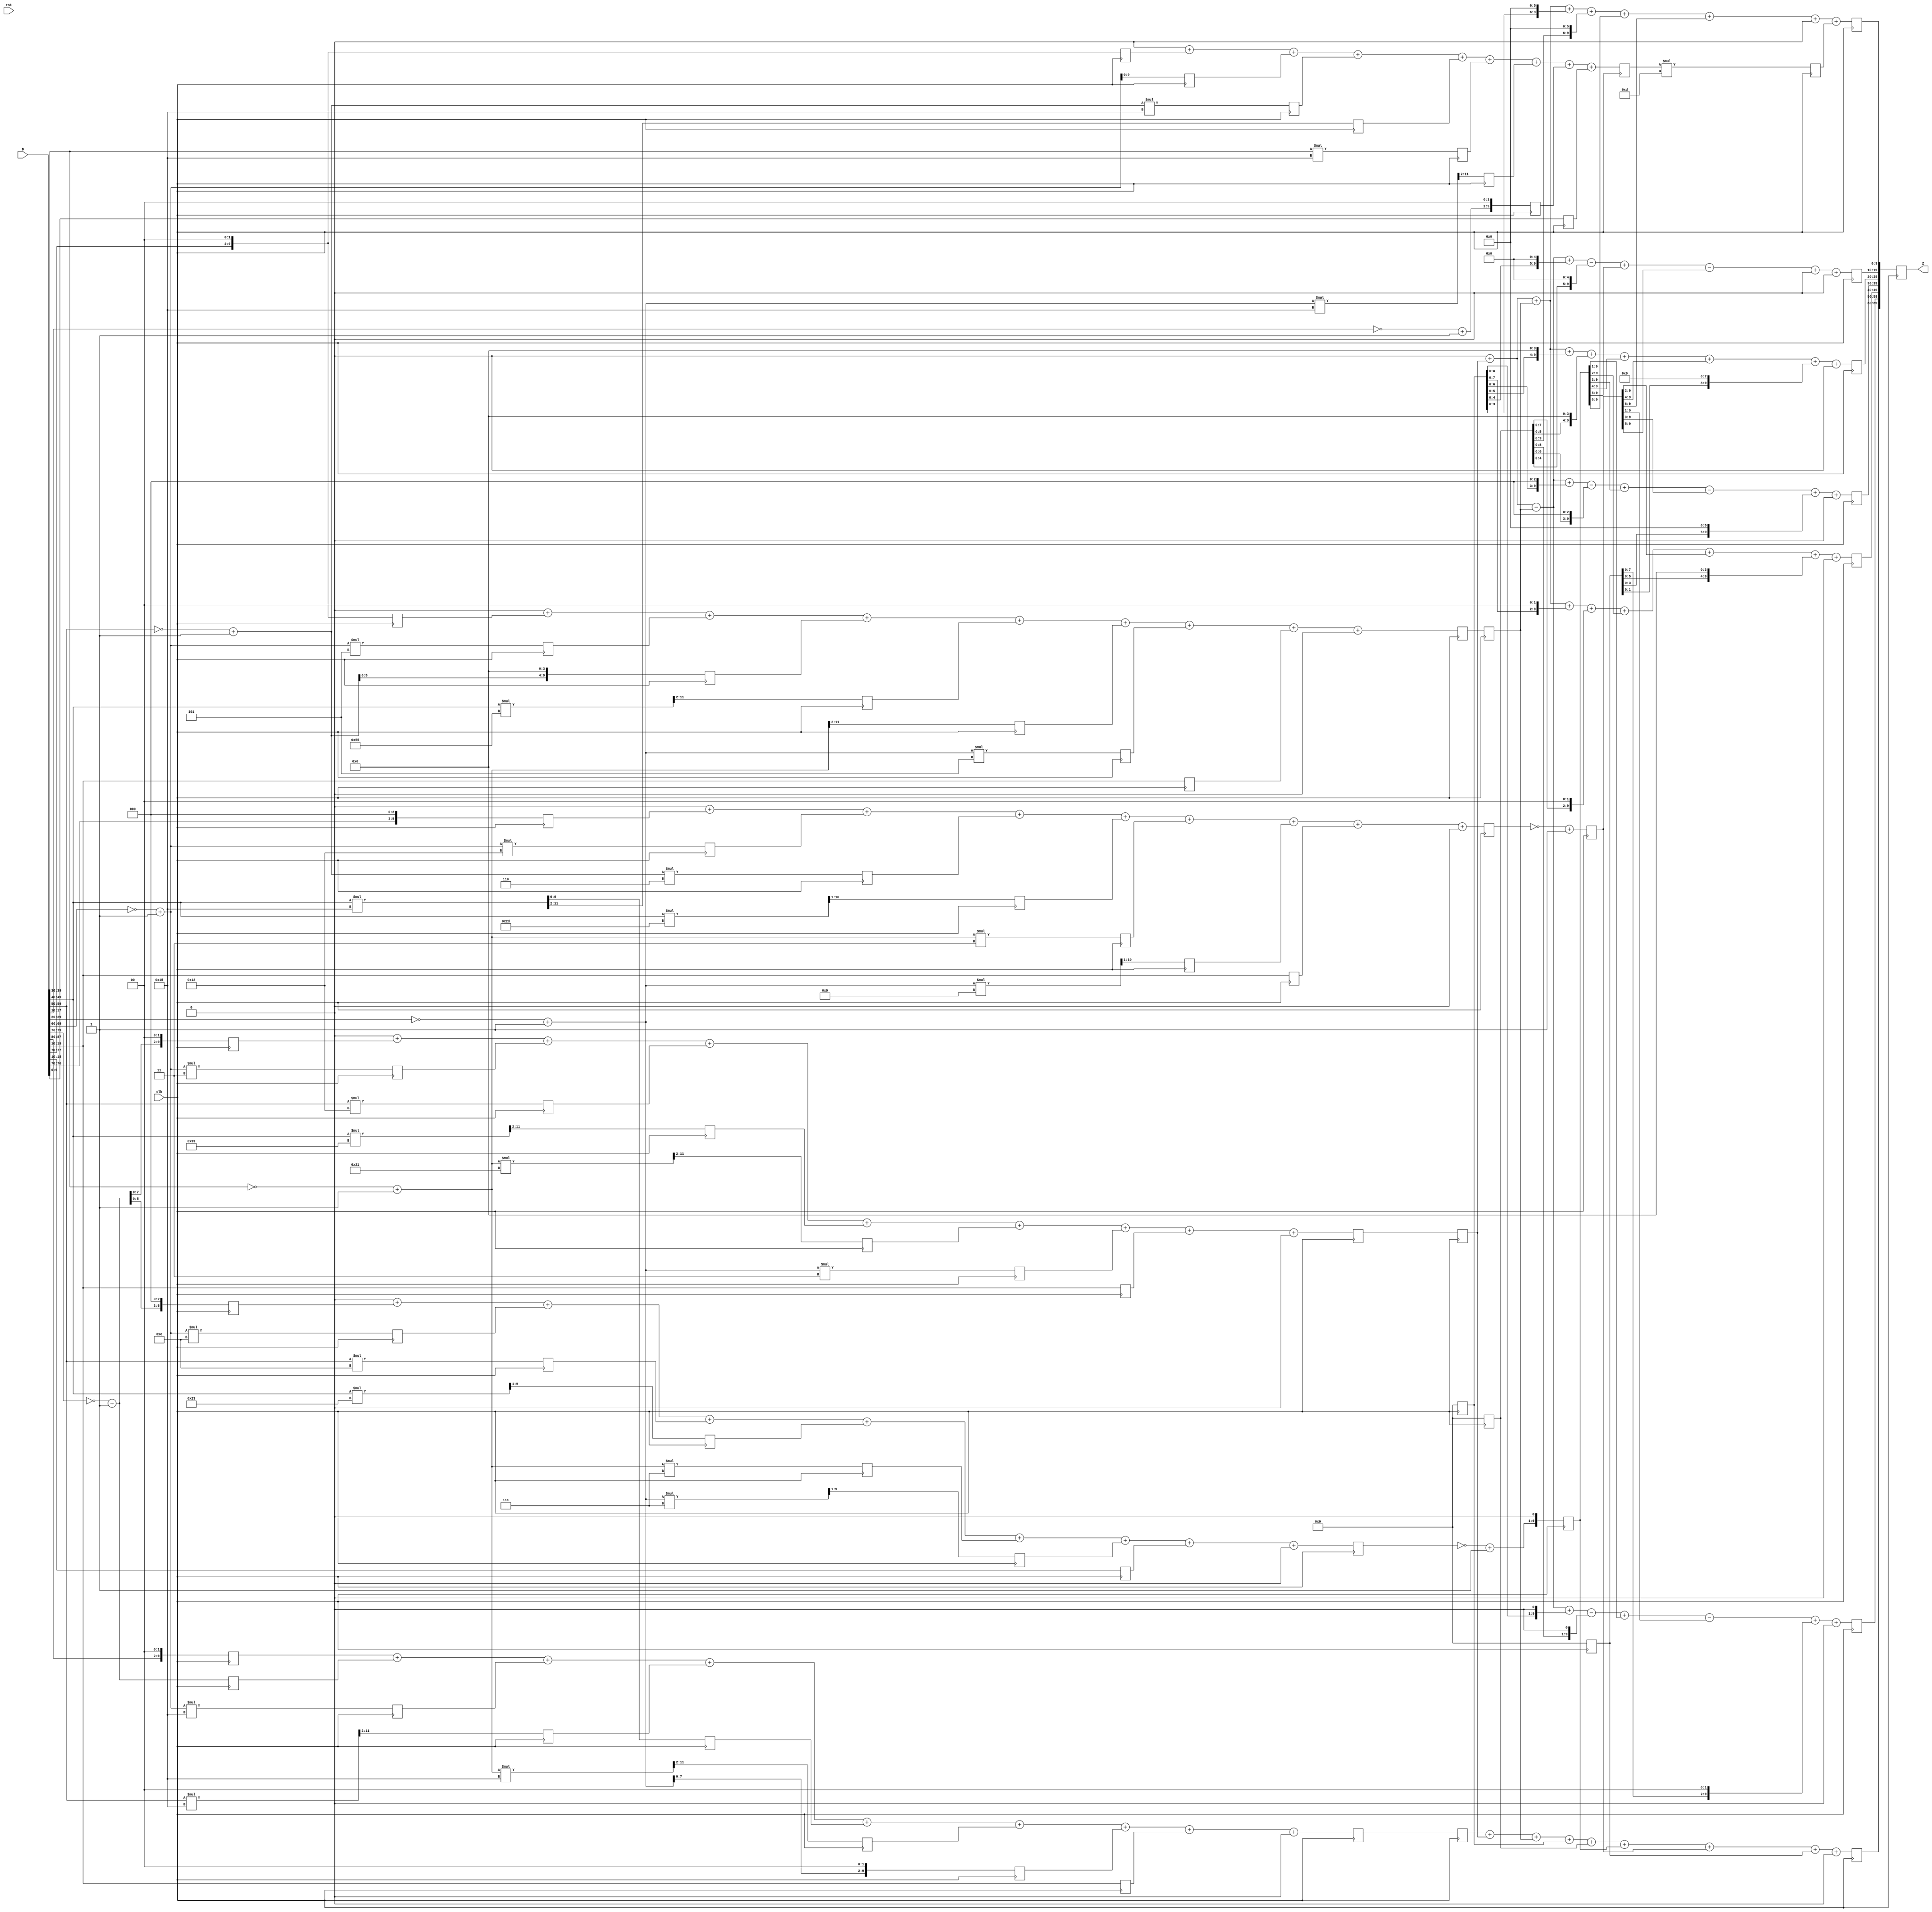
// WC.v generated by WCSyn.py
`timescale 1ns / 1ps
module WC(D, clk, rst, Z);
input  [10*9-1:0] D;
input  clk, rst;
output reg [10*7-1:0] Z;

	reg [9:0] input_t [0:8];
	reg [9:0] d [0:80];
	reg [9:0] MUL [0:8];
	reg [9:0] output_t [0:6];

	always@(posedge clk)begin

		//input_transform
		d[80] <= (D[9:0]);
		d[79] <= (~D[19:10] + 1) <<< 2;
		d[78] <= ((~D[29:20] + 1) * 21) >>> 2;
		d[77] <= (D[39:30]) * 21;
		d[76] <= ((D[49:40]) * 21) >>> 2;
		d[75] <= (~D[59:50] + 1) * 21;
		d[74] <= (~D[69:60] + 1);
		d[73] <= (D[79:70]) <<< 2;
		d[72] <= 0;
		d[71] <= 0;
		d[70] <= (D[19:10]);
		d[69] <= 0;
		d[68] <= ((~D[39:30] + 1) * 21) >>> 2;
		d[67] <= 0;
		d[66] <= ((D[59:50]) * 21) >>> 2;
		d[65] <= 0;
		d[64] <= (~D[79:70] + 1);
		d[63] <= 0;
		d[62] <= 0;
		d[61] <= (D[19:10]);
		d[60] <= ((~D[29:20] + 1) * 9) >>> 1;
		d[59] <= (~D[39:30] + 1) * 3;
		d[58] <= ((D[49:40]) * 45) >>> 1;
		d[57] <= (~D[59:50] + 1) * 6;
		d[56] <= (~D[69:60] + 1) * 18;
		d[55] <= (D[79:70]) <<< 3;
		d[54] <= 0;
		d[53] <= 0;
		d[52] <= (D[19:10]);
		d[51] <= ((~D[29:20] + 1) * 7) >>> 1;
		d[50] <= (~D[39:30] + 1) * 7;
		d[49] <= ((D[49:40]) * 35) >>> 1;
		d[48] <= (D[59:50]) * 14;
		d[47] <= (~D[69:60] + 1) * 14;
		d[46] <= (~D[79:70] + 1) <<< 3;
		d[45] <= 0;
		d[44] <= 0;
		d[43] <= (D[19:10]);
		d[42] <= (~D[29:20] + 1) * 6;
		d[41] <= ((D[39:30]) * 27) >>> 2;
		d[40] <= ((D[49:40]) * 15) >>> 1;
		d[39] <= ((~D[59:50] + 1) * 39) >>> 2;
		d[38] <= ((~D[69:60] + 1) * 3) >>> 1;
		d[37] <= (D[79:70]) <<< 1;
		d[36] <= 0;
		d[35] <= 0;
		d[34] <= (D[19:10]);
		d[33] <= (~D[29:20] + 1) <<< 1;
		d[32] <= ((~D[39:30] + 1) * 37) >>> 2;
		d[31] <= ((D[49:40]) * 5) >>> 1;
		d[30] <= ((D[59:50]) * 41) >>> 2;
		d[29] <= (~D[69:60] + 1) >>> 1;
		d[28] <= (~D[79:70] + 1) <<< 1;
		d[27] <= 0;
		d[26] <= 0;
		d[25] <= (D[19:10]);
		d[24] <= (~D[29:20] + 1) * 5;
		d[23] <= (~D[39:30] + 1) >>> 2;
		d[22] <= ((D[49:40]) * 85) >>> 2;
		d[21] <= (~D[59:50] + 1) <<< 4;
		d[20] <= (~D[69:60] + 1) * 5;
		d[19] <= (D[79:70]) <<< 2;
		d[18] <= 0;
		d[17] <= 0;
		d[16] <= (D[19:10]);
		d[15] <= (~D[29:20] + 1) * 3;
		d[14] <= ((~D[39:30] + 1) * 33) >>> 2;
		d[13] <= ((D[49:40]) * 51) >>> 2;
		d[12] <= (D[59:50]) * 18;
		d[11] <= (~D[69:60] + 1) * 3;
		d[10] <= (~D[79:70] + 1) <<< 2;
		d[9] <= 0;
		d[8] <= 0;
		d[7] <= (D[19:10]);
		d[6] <= (~D[29:20] + 1) <<< 2;
		d[5] <= ((~D[39:30] + 1) * 21) >>> 2;
		d[4] <= (D[49:40]) * 21;
		d[3] <= ((D[59:50]) * 21) >>> 2;
		d[2] <= (~D[69:60] + 1) * 21;
		d[1] <= (~D[79:70] + 1);
		d[0] <= (D[89:80]) <<< 2;

		input_t[0] <= (d[0]) +  (d[1]) +  (d[2]) +  (d[3]) +  (d[4]) +  (d[5]) +  (d[6]) +  (d[7]) + 0;
		input_t[1] <=0 +  (d[10]) +  (d[11]) +  (d[12]) +  (d[13]) +  (d[14]) +  (d[15]) +  (d[16]) + 0;
		input_t[2] <=0 +  (d[19]) +  (d[20]) +  (d[21]) +  (d[22]) +  (d[23]) +  (d[24]) +  (d[25]) + 0;
		input_t[3] <=0 +  (d[28]) +  (d[29]) +  (d[30]) +  (d[31]) +  (d[32]) +  (d[33]) +  (d[34]) + 0;
		input_t[4] <=0 +  (d[37]) +  (d[38]) +  (d[39]) +  (d[40]) +  (d[41]) +  (d[42]) +  (d[43]) + 0;
		input_t[5] <=0 +  (d[46]) +  (d[47]) +  (d[48]) +  (d[49]) +  (d[50]) +  (d[51]) +  (d[52]) + 0;
		input_t[6] <=0 +  (d[55]) +  (d[56]) +  (d[57]) +  (d[58]) +  (d[59]) +  (d[60]) +  (d[61]) + 0;
		input_t[7] <=0 +  (d[64]) + 0 +  (d[66]) + 0 +  (d[68]) + 0 +  (d[70]) + 0;
		input_t[8] <=0 +  (d[73]) +  (d[74]) +  (d[75]) +  (d[76]) +  (d[77]) +  (d[78]) +  (d[79]) +  (d[80]);

		//G*g
		MUL[0] <= (input_t[0]);
		MUL[1] <= (input_t[1]);
		MUL[2] <= (input_t[2]);
		MUL[3] <= 0;
		MUL[4] <= 0;
		MUL[5] <= (~input_t[5] + 1) <<< 1;
		MUL[6] <= (~input_t[6] + 1);
		MUL[7] <= 0;
		MUL[8] <= (input_t[8])*13;

		output_t[0] <= (MUL[0]) + (MUL[1]) + (MUL[2]) + (MUL[3]) + (MUL[4]) + (MUL[5]) + (MUL[6]) + (MUL[7]) + 0;
		output_t[1] <=  0 + (MUL[1]) - (MUL[2]) + (MUL[3] <<< 1) - (MUL[4] <<< 1) + (MUL[5] >>> 1) - (MUL[6] >>> 1) + (MUL[7] <<< 2) + 0;
		output_t[2] <=  0 + (MUL[1]) + (MUL[2]) + (MUL[3] <<< 2) + (MUL[4] <<< 2) + (MUL[5] >>> 2) + (MUL[6] >>> 2) + (MUL[7] <<< 4) + 0;
		output_t[3] <=  0 + (MUL[1]) - (MUL[2]) + (MUL[3] <<< 3) - (MUL[4] <<< 3) + (MUL[5] >>> 3) - (MUL[6] >>> 3) + (MUL[7] <<< 6) + 0;
		output_t[4] <=  0 + (MUL[1]) + (MUL[2]) + (MUL[3] <<< 4) + (MUL[4] <<< 4) + (MUL[5] >>> 4) + (MUL[6] >>> 4) + (MUL[7] <<< 8) + 0;
		output_t[5] <=  0 + (MUL[1]) - (MUL[2]) + (MUL[3] <<< 5) - (MUL[4] <<< 5) + (MUL[5] >>> 5) - (MUL[6] >>> 5) + (MUL[7] <<< 10) + 0;
		output_t[6] <=  0 + (MUL[1]) + (MUL[2]) + (MUL[3] <<< 6) + (MUL[4] <<< 6) + (MUL[5] >>> 6) + (MUL[6] >>> 6) + (MUL[7] <<< 12) +  (MUL[8]);

		Z[69:60] <= output_t[0];
		Z[59:50] <= output_t[1];
		Z[49:40] <= output_t[2];
		Z[39:30] <= output_t[3];
		Z[29:20] <= output_t[4];
		Z[19:10] <= output_t[5];
		Z[9:0] <= output_t[6];

	end
endmodule